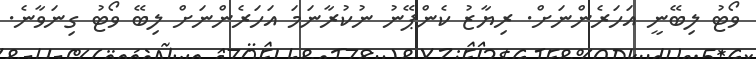
ވޯޓު ލިބޭނީ އަހަރެންނަށް. ރިޔާޒު ކެންޕޭނު ނުކުރާނަމަ އަހަރެންނަށް ލިބޭ ވޯޓު ގިނަވާނެ.